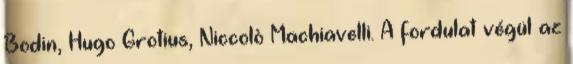
Bodin, Hugo Grotius, Niccolò Machiavelli. A fordulat végül az